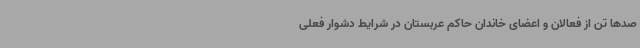
صدها تن از فعالان و اعضای خاندان حاکم عربستان در شرایط دشوار فعلی